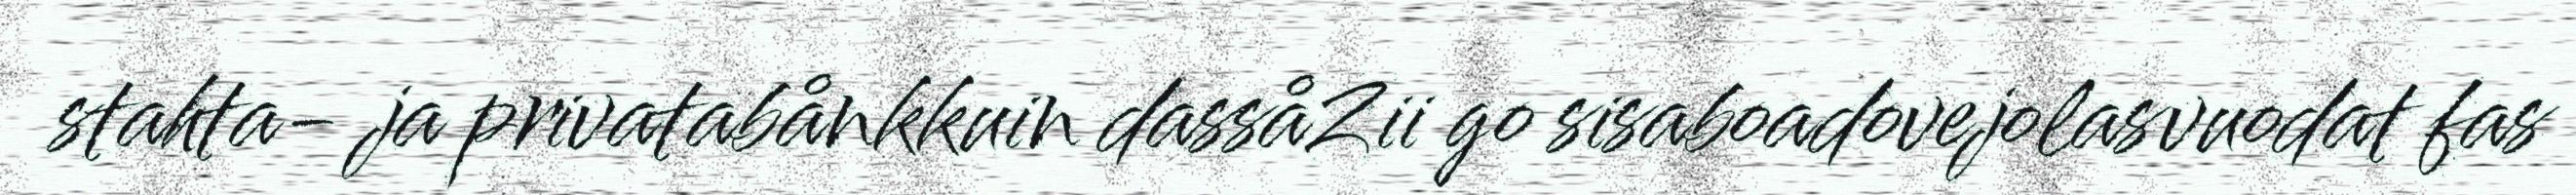
stahta- ja privatabånkkuin dassåZii go sisaboadovejolasvuodat fas